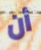
أن